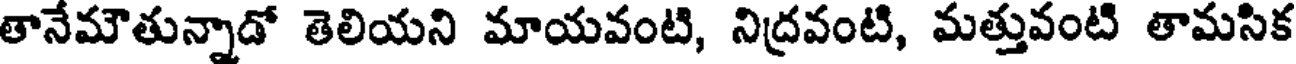
తానేమౌతున్నాడో తెలియని మాయవంటి, నిద్రవంటి, మత్తువంటి తామసిక